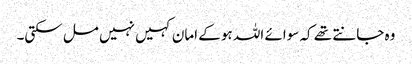
وہ جانتے تھے کہ سوائے اللہ ہو کے امان کہیں نہیں مل سکتی۔